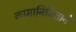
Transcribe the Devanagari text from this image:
कामानिमित्ताने